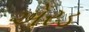
એરડ